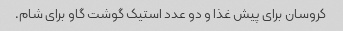
کروسان برای پیش غذا و دو عدد استیک گوشت گاو برای شام.